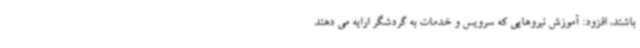
باشند، افزود: آموزش نیروهایی که سرویس و خدمات به گردشگر ارایه می دهند